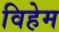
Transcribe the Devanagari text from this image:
विहेम